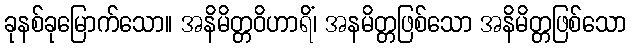
ခုနစ်ခုမြောက်သော။ အနိမိတ္တဝိဟာရိံ၊ အနမိတ္တဖြစ်သော အနိမိတ္တဖြစ်သော